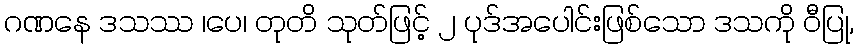
ဂဏနေ ဒသဿ ၊ပေ၊ တုတိ သုတ်ဖြင့် ၂ ပုဒ်အပေါင်းဖြစ်သော ဒသကို ဝီပြု,